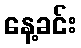
နေ့ခင်း